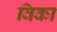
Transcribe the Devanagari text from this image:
विका